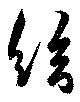
給